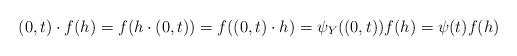
LaTeX: \begin{align*} (0,t)\cdot f(h) = f(h\cdot (0,t)) = f((0,t)\cdot h) = \psi_Y((0,t))f(h) = \psi(t)f(h) \end{align*}